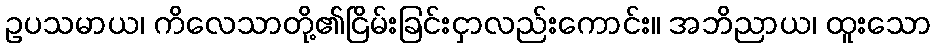
ဥပသမာယ၊ ကိလေသာတို့၏ငြိမ်းခြင်းငှာလည်းကောင်း။ အဘိညာယ၊ ထူးသော